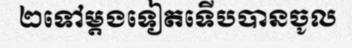
២ទៅម្តងទៀតទើបបានចូល